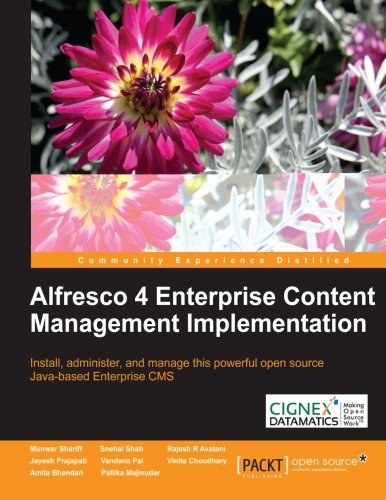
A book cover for Alfresco 4 Enterprise Content Management Implementation; Munwar Shariff; Computers & Technology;